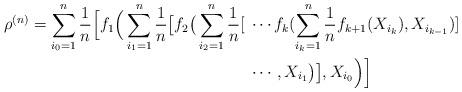
LaTeX: \begin{align*}\rho^{(n)} = \sum_{i_0=1}^n\frac{1}{n}\Big[f_1\Big(\sum_{i_1=1}^n\frac{1}{n}\big[f_2\big(\sum_{i_2=1}^n\frac{1}{n}[&\;\cdots f_k(\sum_{i_k=1}^n\frac{1}{n}f_{k+1}(X_{i_k}),X_{i_{k-1}})]\\&\;\cdots,X_{i_1}\big)\big],X_{i_0}\Big)\Big]\end{align*}